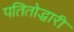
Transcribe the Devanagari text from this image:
पतितोद्धारी